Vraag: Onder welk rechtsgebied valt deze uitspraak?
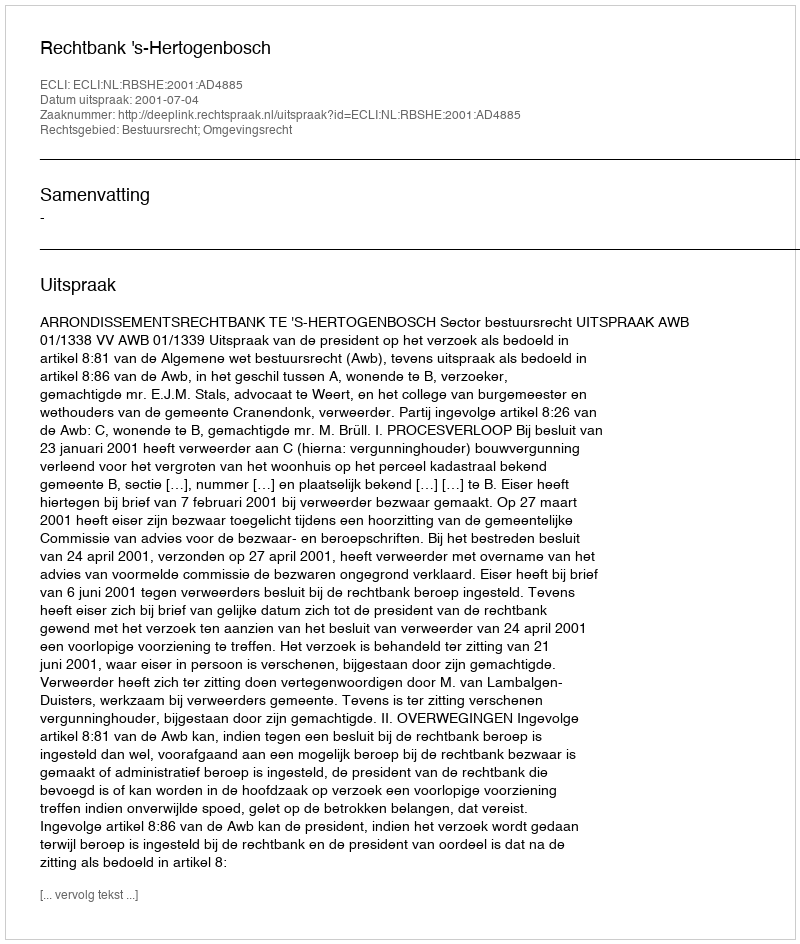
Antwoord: Bestuursrecht; Omgevingsrecht